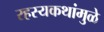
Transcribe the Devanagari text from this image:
रहस्यकथांमुळे